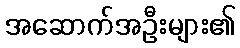
အဆောက်အဦးများ၏